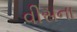
વીસના